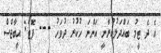
އެ ދެ ޓީމު ބައްދަލުކުރާނީ އަންނަ ހުކުރު ދުވަހު --- ފޮޓޯ: އީބާޖްސް